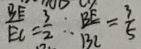
\frac { B E } { E C } = \frac { 3 } { 2 } \therefore \frac { B E } { B C } = \frac { 3 } { 5 }